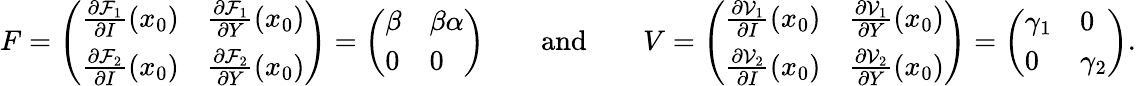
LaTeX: F=\left(\begin{array}{ll}{\frac{\partial\mathcal{F}_{1}}{\partial I}(x_{0})}&{\frac{\partial\mathcal{F}_{1}}{\partial Y}(x_{0})}\\ {\frac{\partial\mathcal{F}_{2}}{\partial I}(x_{0})}&{\frac{\partial\mathcal{F}_{2}}{\partial Y}(x_{0})}\end{array}\right)=\left(\begin{array}{ll}{\beta}&{\beta\alpha}\\ {0}&{0}\end{array}\right)\qquad\mathrm{and}\qquad V=\left(\begin{array}{ll}{\frac{\partial\mathcal{V}_{1}}{\partial I}(x_{0})}&{\frac{\partial\mathcal{V}_{1}}{\partial Y}(x_{0})}\\ {\frac{\partial\mathcal{V}_{2}}{\partial I}(x_{0})}&{\frac{\partial\mathcal{V}_{2}}{\partial Y}(x_{0})}\end{array}\right)=\left(\begin{array}{ll}{\gamma_{1}}&{0}\\ {0}&{\gamma_{2}}\end{array}\right).